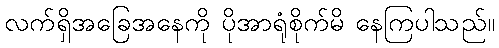
လက်ရှိအခြေအနေကို ပိုအာရုံစိုက်မိ နေကြပါသည်။